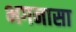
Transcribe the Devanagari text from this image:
भगनासा